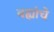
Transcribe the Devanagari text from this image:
वह्यांचे